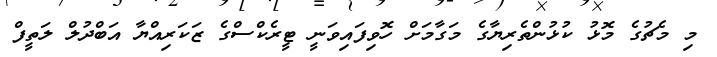
މި މެޗުގެ މޮޅު ކުޅުންތެރިޔާގެ މަގާމަށް ހޮވިފައިވަނީ ޓީރެކްސްގެ ޒަކަރިއްޔާ އަބްދުލް ލަތީފް